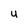
Character: U